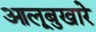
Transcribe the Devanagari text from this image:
आलूबुखारे